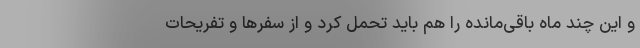
و این چند ماه باقی‌مانده را هم باید تحمل کرد و از سفرها و تفریحات